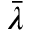
\bar { \lambda }